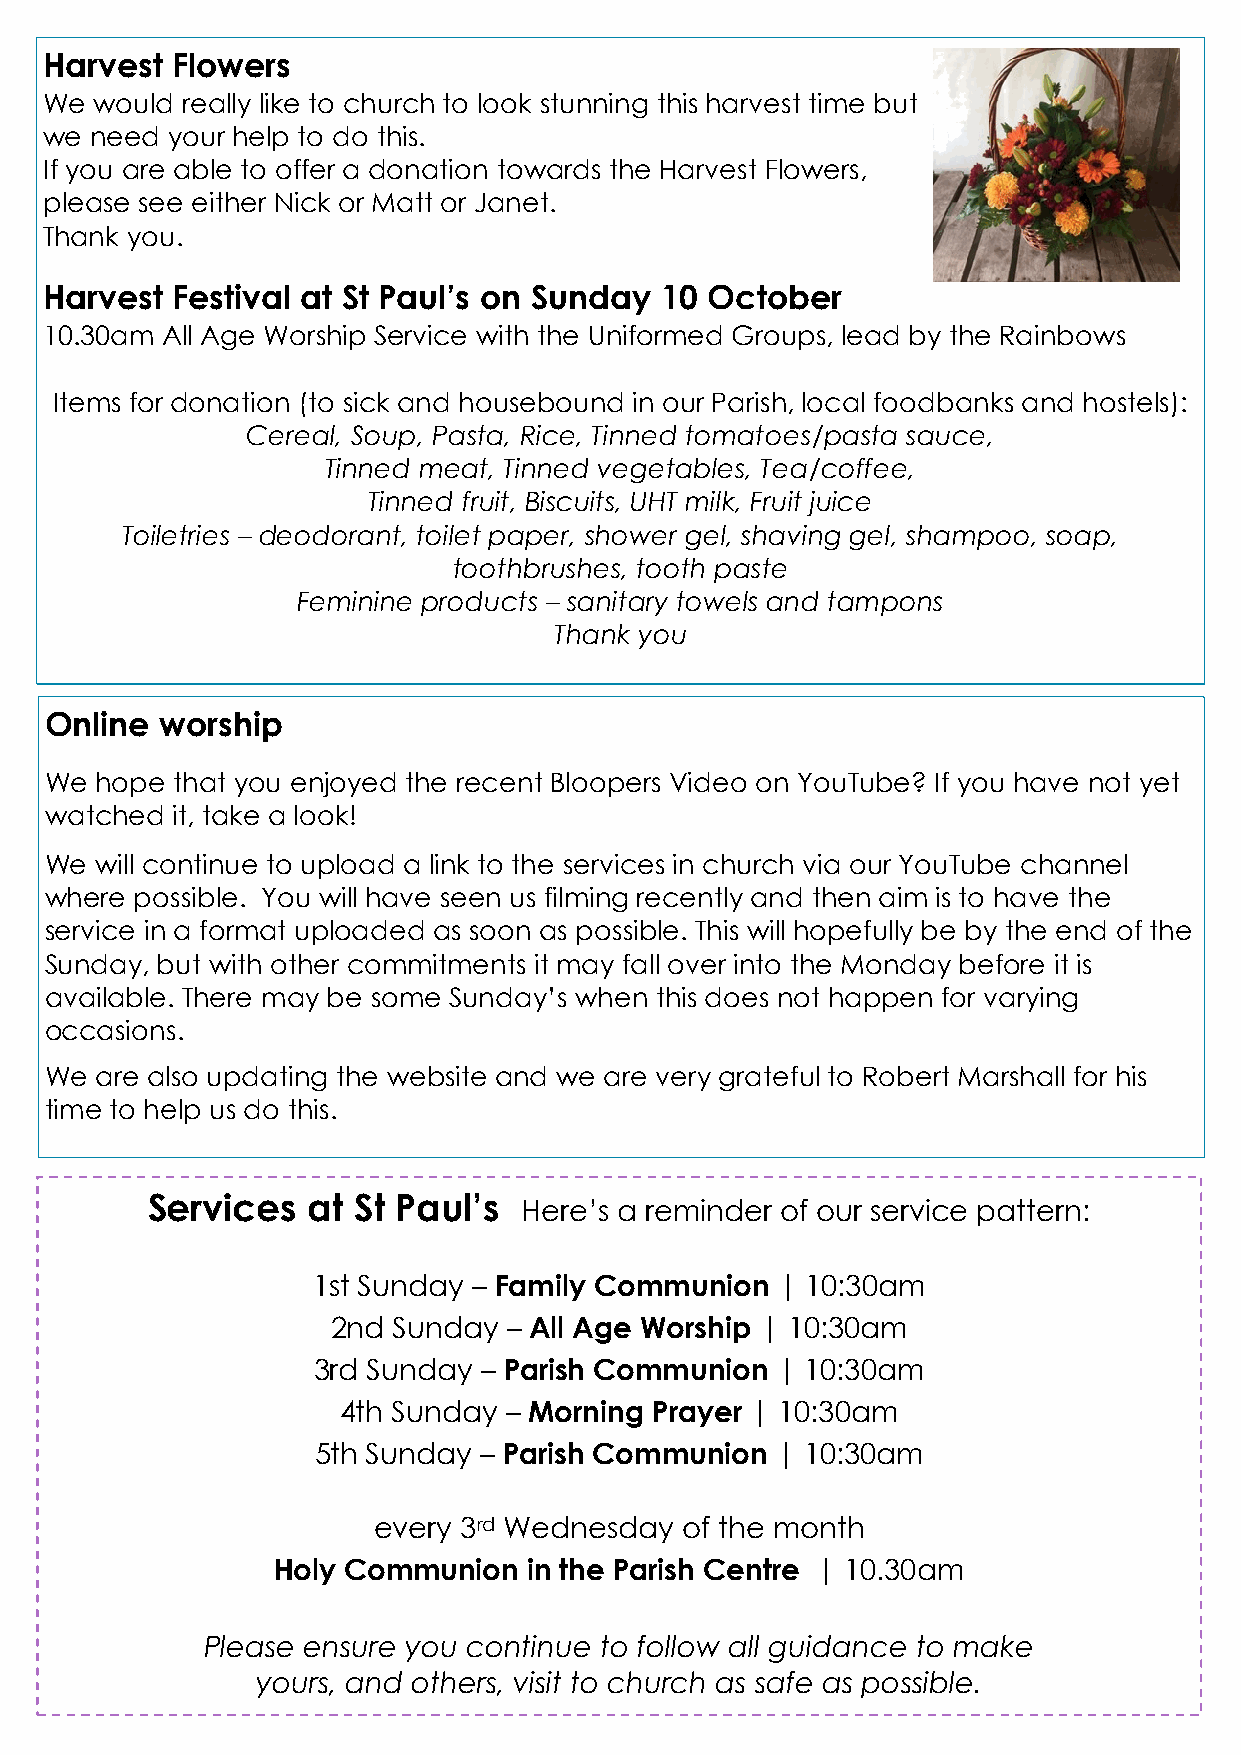
Harvest Flowers
 We would really like to church to look stunning this harvest time but
 we need your help to do this.
 If you are able to offer a donation towards the Harvest Flowers,
 please see either Nick or Matt or Janet.
 Thank you.
 Harvest Festival at St Paul’s on Sunday  10 October
 10.30am All Age Worship Service with the Uniformed Groups, lead by the Rainbows
 Items for donation (to sick and housebound in our Parish, local foodbanks and hostels):
 Cereal, Soup, Pasta, Rice, Tinned tomatoes/pasta sauce,
 Tinned meat, Tinned vegetables, Tea/coffee,
 Tinned fruit, Biscuits, UHT milk, Fruit juice
 Toiletries – deodorant, toilet paper, shower gel, shaving gel, shampoo, soap,
 toothbrushes, tooth paste
 Feminine products – sanitary towels and tampons
 Thank you
 Online  worship
 We hope that you enjoyed the recent Bloopers Video on YouTube? If you have not yet
 watched it, take a look!
 We will continue to upload a link to the services in church via our YouTube channel
 where possible. You will have seen us filming recently and then aim is to have the
 service in a format uploaded as soon as possible. This will hopefully be by the end of the
 Sunday, but with other commitments it may fall over into the Monday before it is
 available. There may be some Sunday’s when this does not happen for varying
 occasions.
 We are also updating the website and we are very grateful to Robert Marshall for his
 time to help us do this.
 Services  at St Paul’s
 Here’s a reminder of our service pattern:
 1st Sunday – Family Communion | 10:30am
 2nd Sunday  – All Age Worship | 10:30am
 3rd Sunday – Parish Communion | 10:30am
 4th Sunday – Morning Prayer | 10:30am
 5th Sunday – Parish Communion | 10:30am
 every 3rd Wednesday of the month
 Holy Communion   in the Parish Centre | 10.30am
 Please ensure you continue to follow all guidance to make
 yours, and others, visit to church as safe as possible.